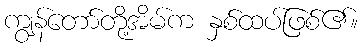
ကျွန်တော်တို့အိမ်က နှစ်ထပ်ဖြစ်၏။